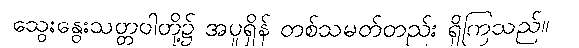
သွေးနွေးသတ္တဝါတို့၌ အပူရှိန် တစ်သမတ်တည်း ရှိကြသည်။